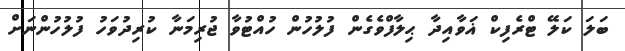
ބަލަ ކަލޭ ޓްރެފިކް ޣަވާއިދާ ޙިލާފްވެގެން ފުލުހުން ހުއްޓުވާ ޖުރިމަނާ ކުރިދުވަހު ފުލުހުންނަށް